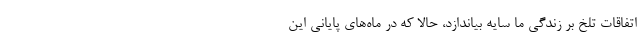
اتفاقات تلخ بر زندگی ما سایه بیاندازد، حالا که در ماه‌های پایانی این